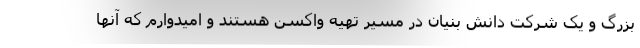
بزرگ و یک شرکت دانش بنیان در مسیر تهیه واکسن هستند و امیدوارم که آنها